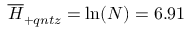
\overline { { H } } _ { + q n t z } = \ln ( N ) = 6 . 9 1